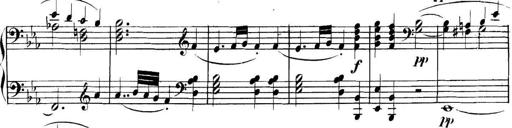
Title: Collected Piano Sonatas
Composer: Muzio Clementi